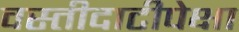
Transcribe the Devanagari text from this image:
वस्तीदाटीपेक्षा